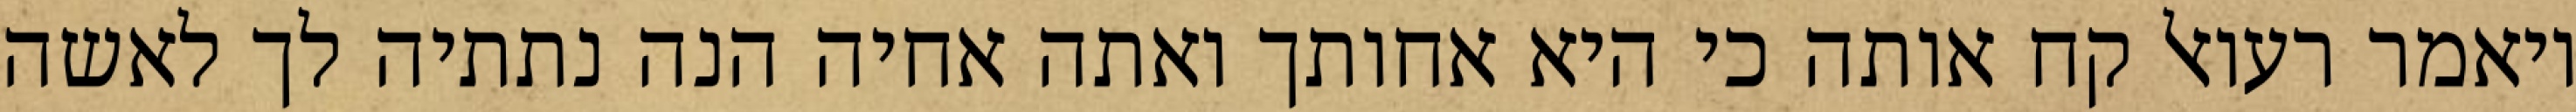
ויאמר רעואל קח אותה כי היא אחותך ואתה אחיה הנה נתתיה לך לאשה